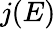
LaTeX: j(E)